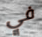
في